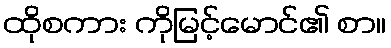
ထိုစကား ကိုမြင့်မောင်၏ စာ။